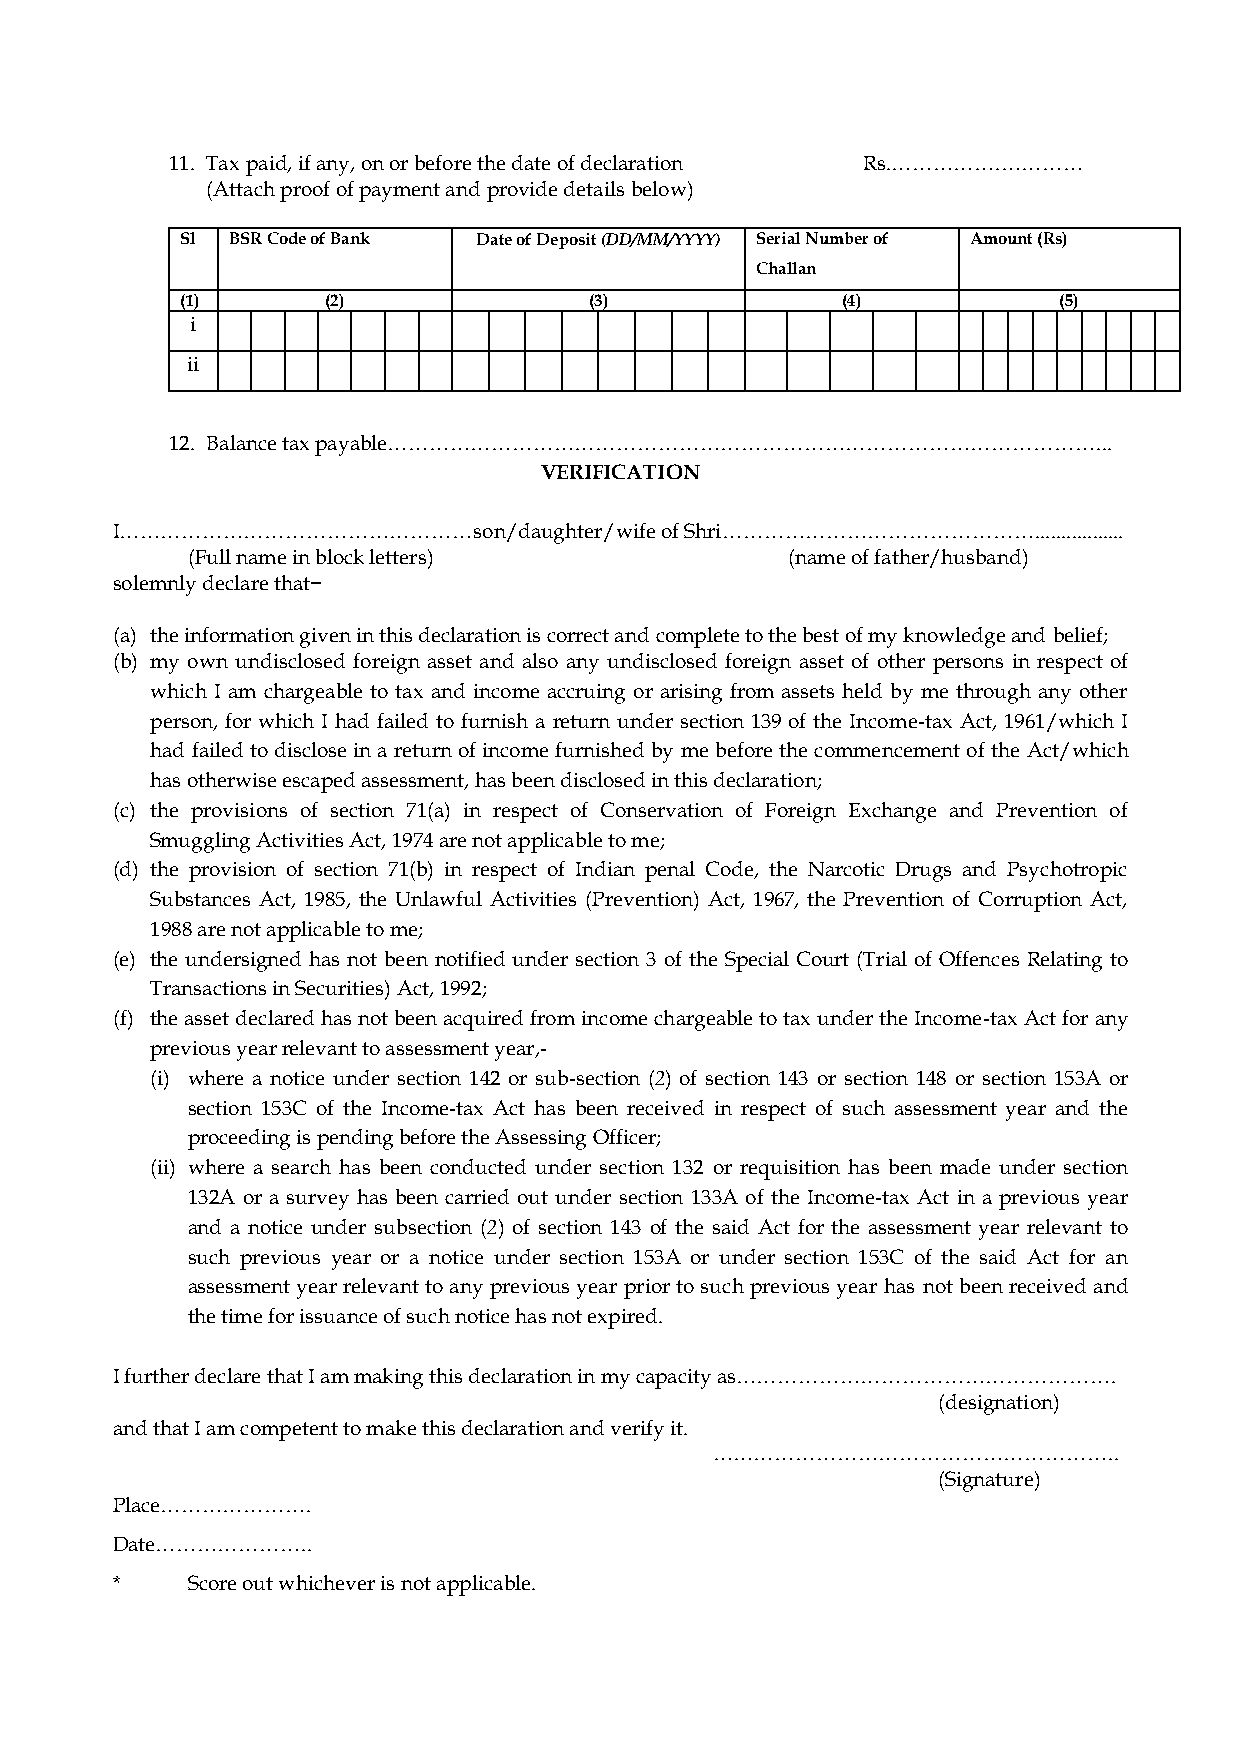
11. Tax paid, if any, on or before the date of declaration Rs.…………….…………
 (Attach proof of payment and provide details below)
 Sl BSR Code of Bank Date of Deposit (DD/MM/YYYY) Serial Number of Amount (Rs)
 Challan
 (1)       (2)              (3)              (4)           (5)
 i
 ii
 12. Balance tax payable…………………………………………………………………………………………...
 VERIFICATION
 I……………………………………………son/daughter/wife  of Shri……………………………………….................
 (Full name in block letters)            (name of father/husband)
 solemnly declare that−
 (a) the information given in this declaration is correct and complete to the best of my knowledge and belief;
 (b) my own undisclosed foreign asset and also any undisclosed foreign asset of other persons in respect of
 which I am chargeable to tax and income accruing or arising from assets held by me through any other
 person, for which I had failed to furnish a return under section 139 of the Income-tax Act, 1961/which I
 had failed to disclose in a return of income furnished by me before the commencement of the Act/which
 has otherwise escaped assessment, has been disclosed in this declaration;
 (c) the provisions of section 71(a) in respect of Conservation of Foreign Exchange and Prevention of
 Smuggling Activities Act, 1974 are not applicable to me;
 (d) the provision of section 71(b) in respect of Indian penal Code, the Narcotic Drugs and Psychotropic
 Substances Act, 1985, the Unlawful Activities (Prevention) Act, 1967, the Prevention of Corruption Act,
 1988 are not applicable to me;
 (e) the undersigned has not been notified under section 3 of the Special Court (Trial of Offences Relating to
 Transactions in Securities) Act, 1992;
 (f) the asset declared has not been acquired from income chargeable to tax under the Income-tax Act for any
 previous year relevant to assessment year,-
 (i) where a notice under section 142 or sub-section (2) of section 143 or section 148 or section 153A or
 section 153C of the Income-tax Act has been received in respect of such assessment year and the
 proceeding is pending before the Assessing Officer;
 (ii) where a search has been conducted under section 132 or requisition has been made under section
 132A or a survey has been carried out under section 133A of the Income-tax Act in a previous year
 and a notice under subsection (2) of section 143 of the said Act for the assessment year relevant to
 such previous year or a notice under section 153A or under section 153C of the said Act for an
 assessment year relevant to any previous year prior to such previous year has not been received and
 the time for issuance of such notice has not expired.
 I further declare that I am making this declaration in my capacity as……………………………………………….
 (designation)
 and that I am competent to make this declaration and verify it.
 …………………………………………………..
 (Signature)
 Place………………….
 Date…………………..
 *    Score out whichever is not applicable.